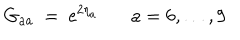
G _ { a a } \ = \ \mathrm { e } ^ { 2 \eta _ { a } } \ \mathrm { ~ } \ a = 6 , \ldots , 9